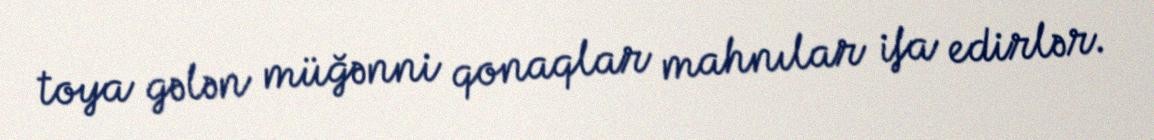
toya gələn müğənni qonaqlar mahnılar ifa edirlər.